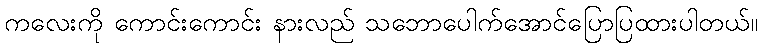
ကလေးကို ကောင်းကောင်း နားလည် သဘောပေါက်အောင်ပြောပြထားပါတယ်။